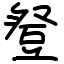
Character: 豋